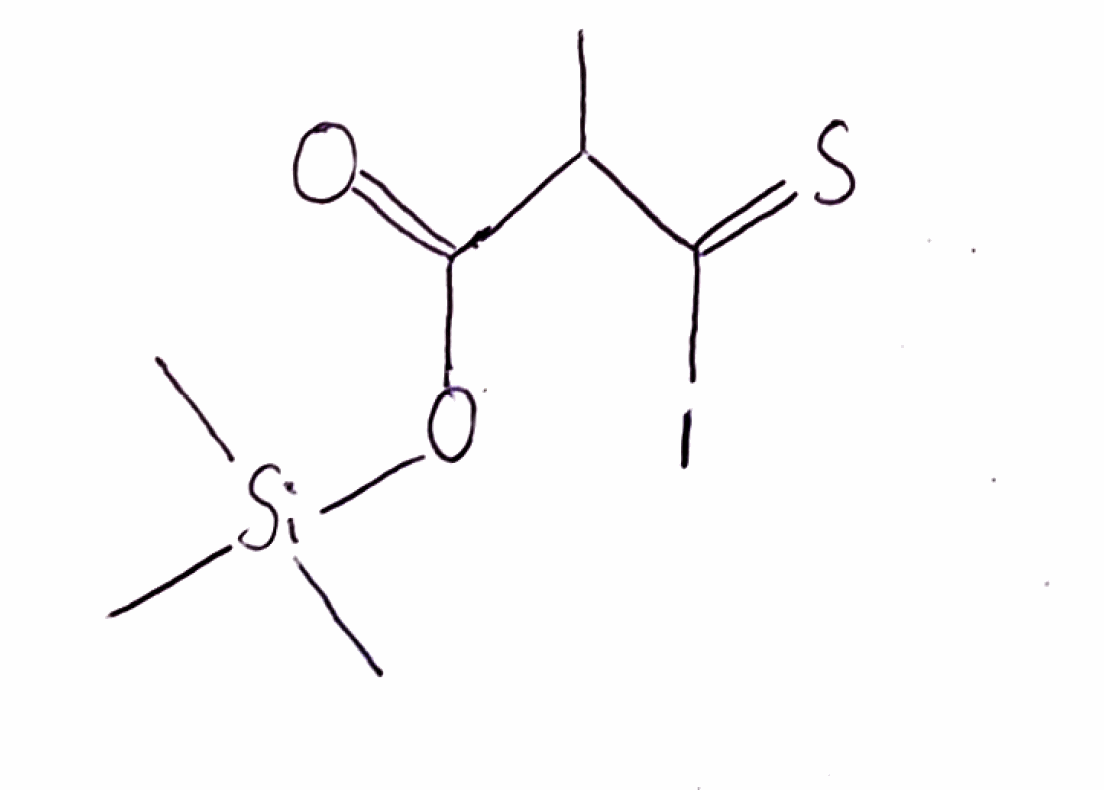
Simplified molecular-input line-entry system (SMILES) notation of the given molecule:
CC(C(=O)O[Si](C)(C)C)C(=S)I